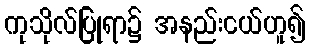
ကုသိုလ်ပြုရာ၌ အနည်းငယ်ဟူ၍